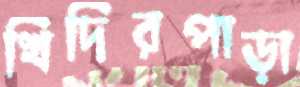
খিদিরপাড়া